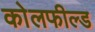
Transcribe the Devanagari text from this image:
काेलफील्ड